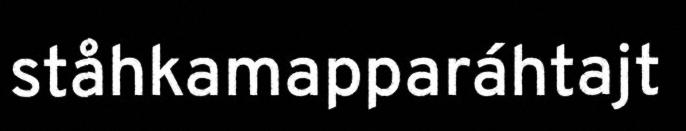
ståhkamapparáhtajt